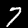
Label: 7